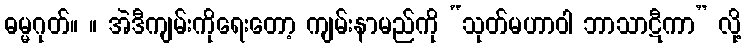
ဓမ္မဂုတ်။ ။ အဲဒီကျမ်းကိုရေးတော့ ကျမ်းနာမည်ကို “သုတ်မဟာဝါ ဘာသာဋီကာ” လို့